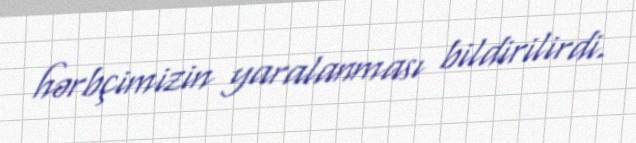
hərbçimizin yaralanması bildirilirdi.